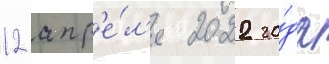
12 апр'е́л'я 2022 го́да